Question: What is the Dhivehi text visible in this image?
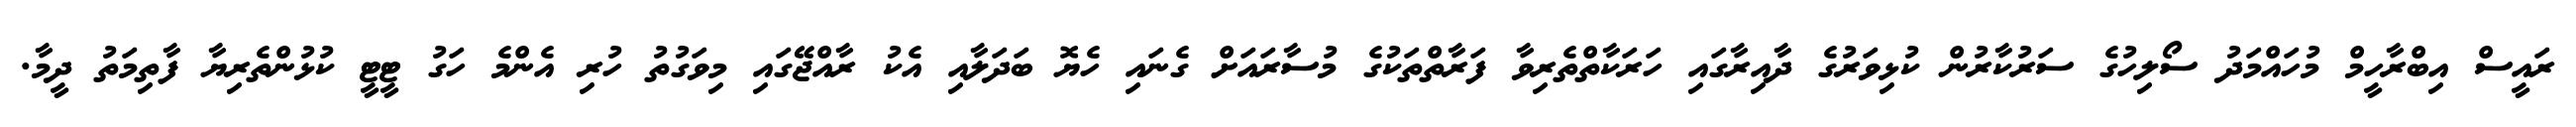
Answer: ރައީސް އިބްރާހީމް މުހައްމަދު ސޯލިހުގެ ސަރުކާރުން ކުޅިވަރުގެ ދާއިރާގައި ހަރަކާތްތެރިވާ ފަރާތްތަކުގެ މުސާރައަށް ގެނައި ހެޔޮ ބަދަލާއި އެކު ރާއްޖޭގައި މިވަގުތު ހުރި އެންމެ ހަގު ޓީޓީ ކުޅުންތެރިޔާ ފާތިމަތު ދީމާ.